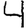
Digit: 4